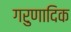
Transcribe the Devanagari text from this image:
गरुणादिक